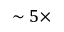
\sim 5 \times